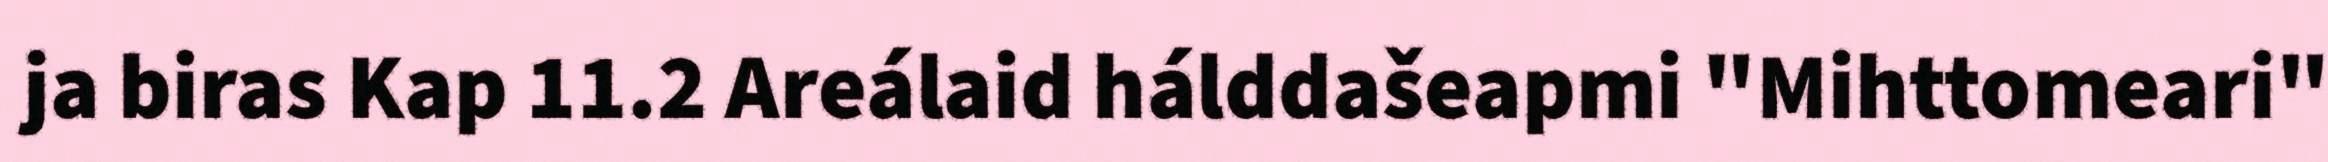
ja biras Kap 11.2 Areálaid hálddašeapmi "Mihttomeari"